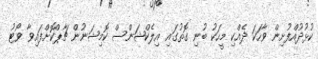
ކުޅުދުއްފުށިން ވާހަކަ ދެއްކި މީހަކު ބުނި ގޮތުގައި އިލެކްޝަންސް ކޮމިޝަނުން ޗާޕްކޮށްފައިވާ ވޯޓު